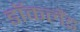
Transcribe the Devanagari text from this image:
डॉकलैंड